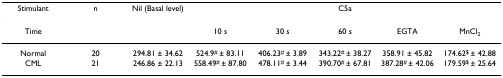
<table><thead><tr><td><b>Stimulant</b></td><td><b>n</b></td><td><b>Nil (Basal level)</b></td><td colspan="5"><b>C5a</b></td></tr></thead><tbody><tr><td>Time</td><td></td><td></td><td>10 s</td><td>30 s</td><td>60 s</td><td>EGTA</td><td>MnCl<sub>2</sub></td></tr><tr><td>Normal</td><td>20</td><td>294.81 ± 34.62</td><td>524.9<sup># </sup>± 83.11</td><td>406.23<sup># </sup>± 3.89</td><td>343.22<sup># </sup>± 38.27</td><td>358.91 ± 45.82</td><td>174.62<sup>$ </sup>± 42.88</td></tr><tr><td>CML</td><td>21</td><td>246.86 ± 22.13</td><td>558.49<sup># </sup>± 87.80</td><td>478.11<sup># </sup>± 3.44</td><td>390.70<sup># </sup>± 67.81</td><td>387.28<sup># </sup>± 42.06</td><td>179.59<sup>$ </sup>± 25.64</td></tr></tbody></table>